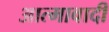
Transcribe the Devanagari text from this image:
आत्मावादी